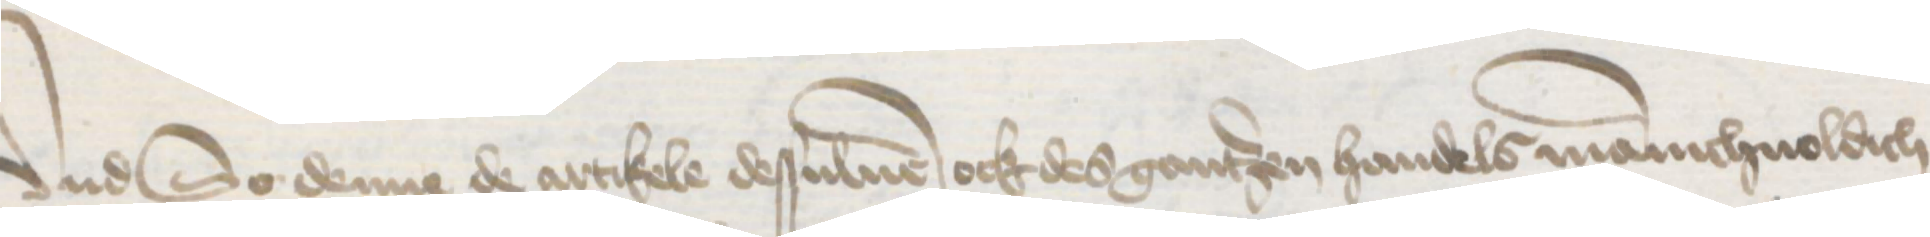
Vnd So denne de artikele desuluen ock des gantzen handels manichuoldich